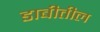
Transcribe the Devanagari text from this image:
डाबीतील